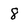
Character: 8